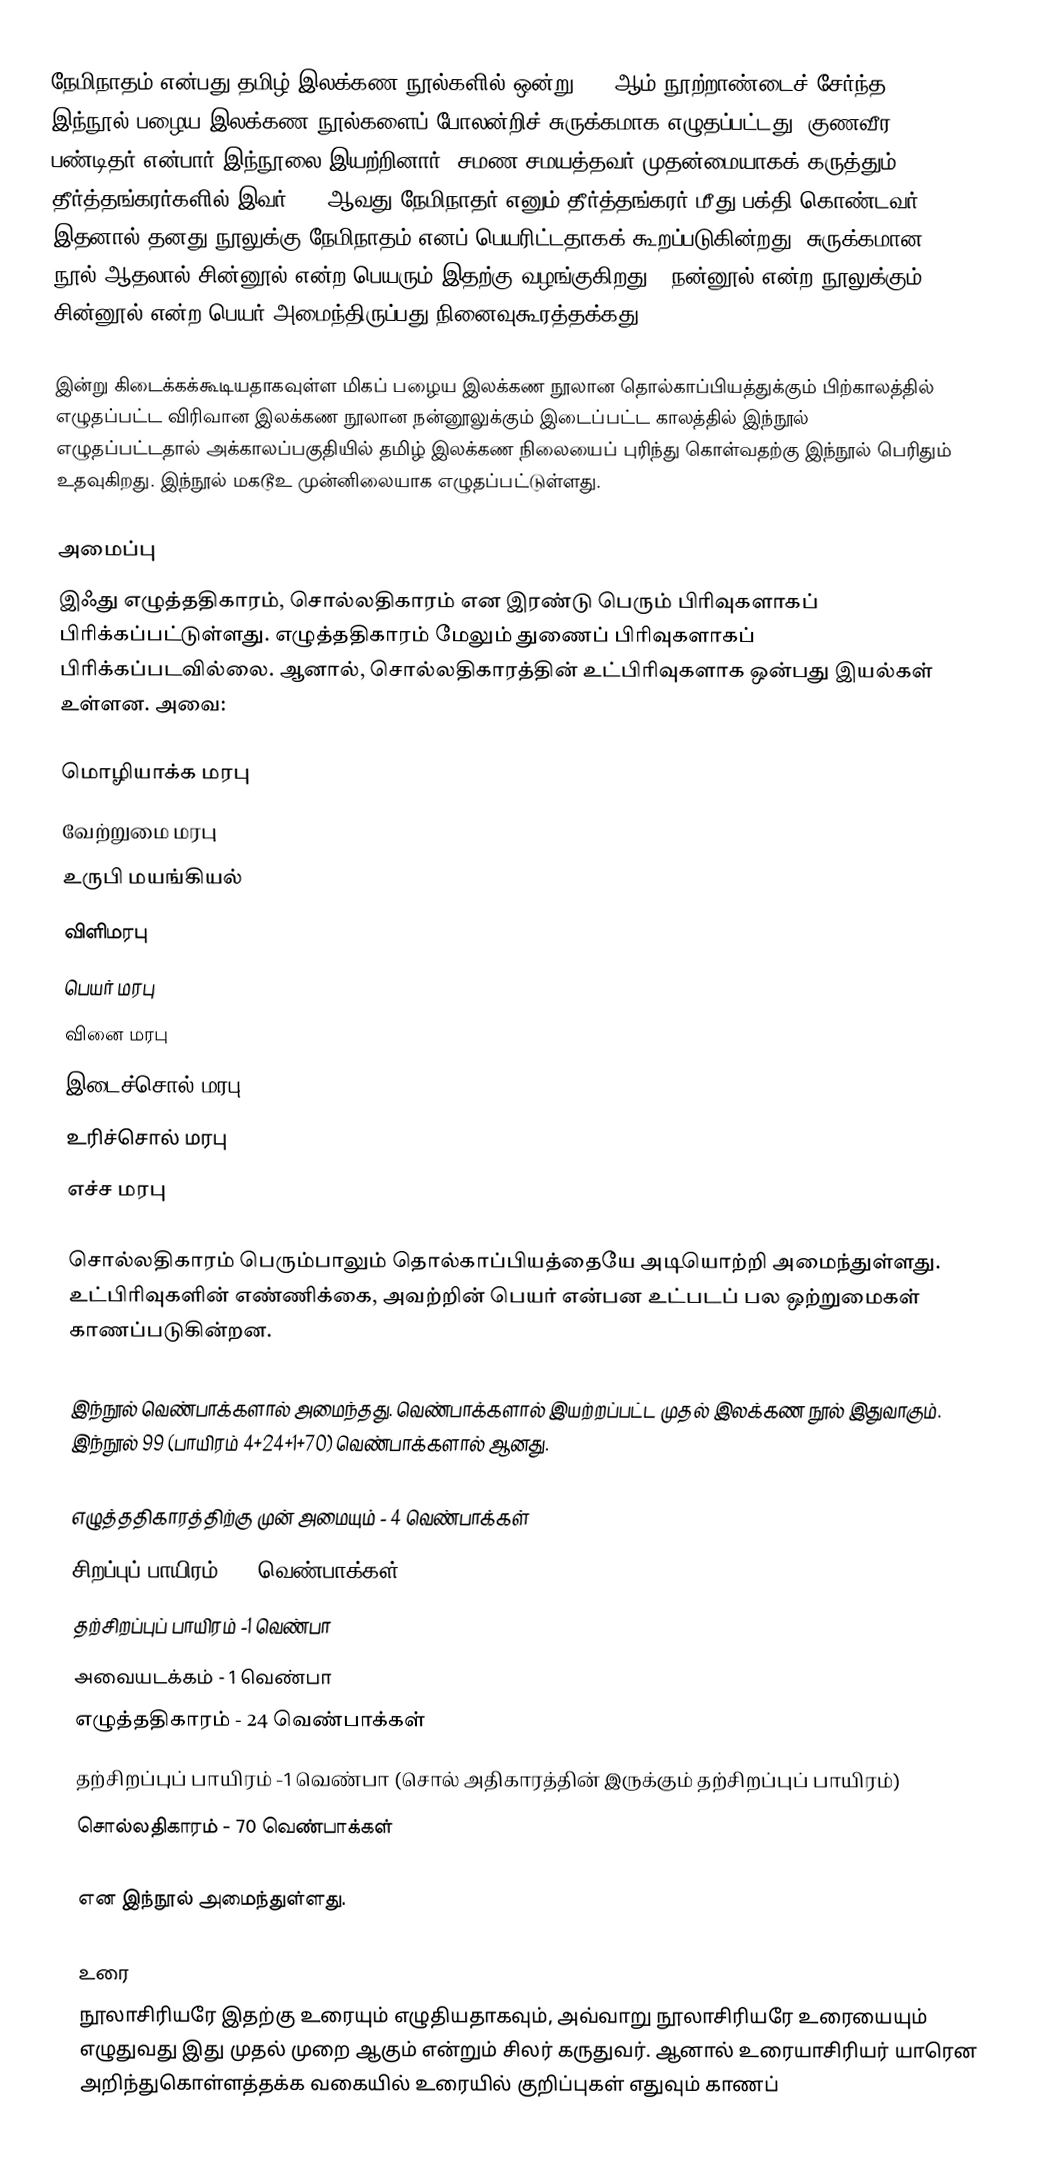
நேமிநாதம் என்பது தமிழ் இலக்கண நூல்களில் ஒன்று. 12-ஆம் நூற்றாண்டைச் சேர்ந்த இந்நூல்  பழைய இலக்கண நூல்களைப் போலன்றிச் சுருக்கமாக எழுதப்பட்டது. குணவீர பண்டிதர் என்பார் இந்நூலை இயற்றினார். சமண சமயத்தவர் முதன்மையாகக் கருத்தும் 24 தீர்த்தங்கரர்களில் இவர், 22-ஆவது நேமிநாதர் எனும் தீர்த்தங்கரர் மீது பக்தி கொண்டவர் இதனால் தனது நூலுக்கு நேமிநாதம் எனப் பெயரிட்டதாகக் கூறப்படுகின்றது. சுருக்கமான நூல் ஆதலால் சின்னூல் என்ற பெயரும் இதற்கு வழங்குகிறது.( நன்னூல் என்ற நூலுக்கும் சின்னூல் என்ற பெயர் அமைந்திருப்பது நினைவுகூரத்தக்கது.)

இன்று கிடைக்கக்கூடியதாகவுள்ள மிகப் பழைய இலக்கண நூலான தொல்காப்பியத்துக்கும் பிற்காலத்தில் எழுதப்பட்ட விரிவான இலக்கண நூலான நன்னூலுக்கும் இடைப்பட்ட காலத்தில் இந்நூல் எழுதப்பட்டதால் அக்காலப்பகுதியில் தமிழ் இலக்கண நிலையைப் புரிந்து கொள்வதற்கு இந்நூல் பெரிதும் உதவுகிறது. இந்நூல் மகடூஉ முன்னிலையாக எழுதப்பட்டுள்ளது.

அமைப்பு
இஃது எழுத்ததிகாரம், சொல்லதிகாரம் என இரண்டு பெரும் பிரிவுகளாகப் பிரிக்கப்பட்டுள்ளது. எழுத்ததிகாரம் மேலும் துணைப் பிரிவுகளாகப் பிரிக்கப்படவில்லை. ஆனால், சொல்லதிகாரத்தின் உட்பிரிவுகளாக ஒன்பது இயல்கள் உள்ளன. அவை:

 மொழியாக்க மரபு
 வேற்றுமை மரபு
 உருபி மயங்கியல்
 விளிமரபு
 பெயர் மரபு
 வினை மரபு
 இடைச்சொல் மரபு
 உரிச்சொல் மரபு
 எச்ச மரபு

சொல்லதிகாரம் பெரும்பாலும் தொல்காப்பியத்தையே அடியொற்றி அமைந்துள்ளது. உட்பிரிவுகளின் எண்ணிக்கை, அவற்றின் பெயர் என்பன உட்படப் பல ஒற்றுமைகள் காணப்படுகின்றன.

இந்நூல் வெண்பாக்களால் அமைந்தது. வெண்பாக்களால் இயற்றப்பட்ட முதல் இலக்கண நூல் இதுவாகும். இந்நூல் 99 (பாயிரம் 4+24+1+70) வெண்பாக்களால் ஆனது.

எழுத்ததிகாரத்திற்கு முன் அமையும்  - 4 வெண்பாக்கள்
 சிறப்புப் பாயிரம் - 2 வெண்பாக்கள்
 தற்சிறப்புப் பாயிரம் -1 வெண்பா
 அவையடக்கம் - 1 வெண்பா
 எழுத்ததிகாரம் - 24 வெண்பாக்கள்
 தற்சிறப்புப் பாயிரம் -1 வெண்பா (சொல் அதிகாரத்தின்  இருக்கும் தற்சிறப்புப் பாயிரம்)
 சொல்லதிகாரம் - 70 வெண்பாக்கள்

என இந்நூல் அமைந்துள்ளது.

உரை
நூலாசிரியரே இதற்கு உரையும் எழுதியதாகவும், அவ்வாறு நூலாசிரியரே உரையையும் எழுதுவது இது முதல் முறை ஆகும் என்றும் சிலர் கருதுவர். ஆனால் உரையாசிரியர் யாரென அறிந்துகொள்ளத்தக்க வகையில் உரையில் குறிப்புகள் எதுவும் காணப்